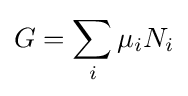
G=\sum _{i}\mu _{i}N_{i}